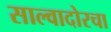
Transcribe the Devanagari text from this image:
साल्वादोरचा